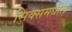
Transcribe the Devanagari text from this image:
सिक्समधील